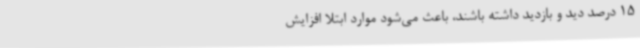
15 درصد دید و بازدید داشته باشند، باعث می‌شود موارد ابتلا افزایش